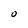
Character: O